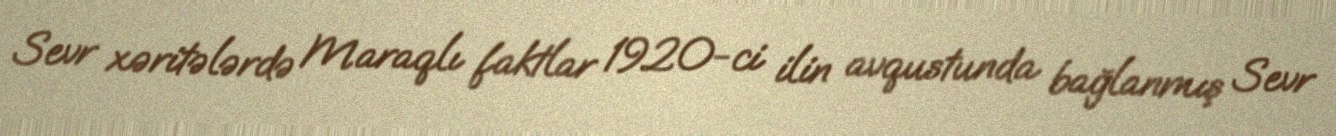
Sevr xəritələrdə Maraqlı faktlar 1920-ci ilin avqustunda bağlanmış Sevr